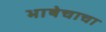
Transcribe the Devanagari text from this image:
भाषेचाचा